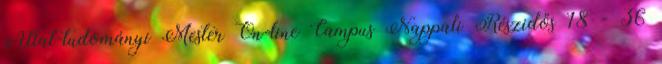
Állat-tudományi Mester On-line Campus Nappali Részidős 18 - 36